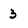
Character: 3